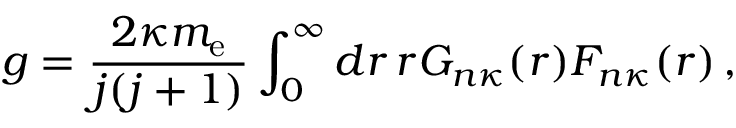
g = \frac { 2 \kappa m _ { \mathrm { e } } } { j ( j + 1 ) } \int _ { 0 } ^ { \infty } d r \, r G _ { n \kappa } ( r ) F _ { n \kappa } ( r ) \, ,